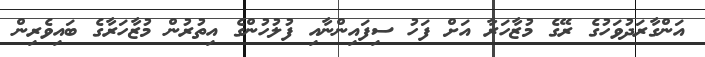
އަންގާރަދުވަހުގެ ރޭގެ މުޒާހަރާ އަށް ފަހު ސިފައިންނާއި ފުލުހުންގެ އިތުރުން މުޒާހަރާގެ ބައިވެރިން